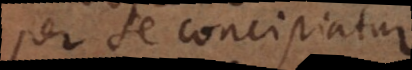
per se concipiatur.